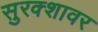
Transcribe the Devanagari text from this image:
सुरक्शावर